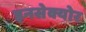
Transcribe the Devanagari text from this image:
इनसेक्योर